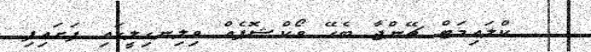
ކްލައިމަޓް ޗޭންޖާ ބެހޭ ވޯކްޝޮޕެއް ވިލިނގިލީގައި ފަށައިފި